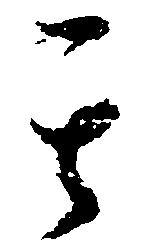
其